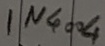
Text: IN4004